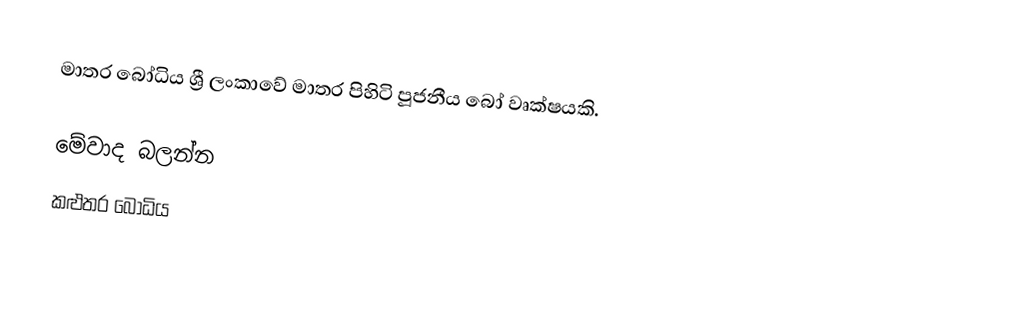
මාතර බෝධිය ශ්‍රී ලංකාවේ මාතර පිහිටි පූජනීය බෝ වෘක්ෂයකි.

මේවාද බලන්න
කළුතර බෝධිය